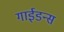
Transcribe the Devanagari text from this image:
गाईडन्स